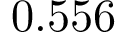
0 . 5 5 6 ^ { }